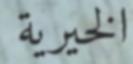
الخيرية